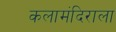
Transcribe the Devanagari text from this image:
कलामंदिराला